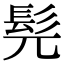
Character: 髡